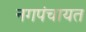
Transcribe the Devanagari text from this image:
नगपंचायत